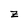
Character: z